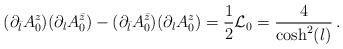
LaTeX: \begin{align*}(\partial_{\bar{l}}A_0^{z})(\partial_{l}A_0^{\bar{z}})-(\partial_{\bar{l}}A_0^{\bar{z}})(\partial_{l}A_0^z)=\frac{1}{2}{\cal L}_0=\frac{4}{\cosh^2(l)}\,.\end{align*}